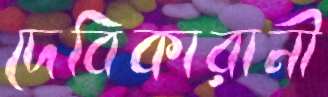
দেবিকারানী